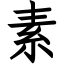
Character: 素